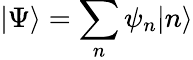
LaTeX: |\Psi\rangle=\sum_{n}\psi_{n}|n\rangle